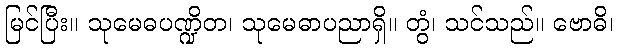
မြင်ပြီး။ သုမေဓပဏ္ဍိတ၊ သုမေဓာပညာရှိ။ တွံ၊ သင်သည်။ ဗောဓိ၊